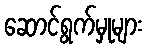
ဆောင်ရွက်မှုများ